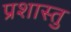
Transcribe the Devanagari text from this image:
प्रशास्तु